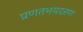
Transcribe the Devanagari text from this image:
प्रणतभयदरण